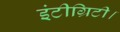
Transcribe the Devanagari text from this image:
इंटीग्रिटी।